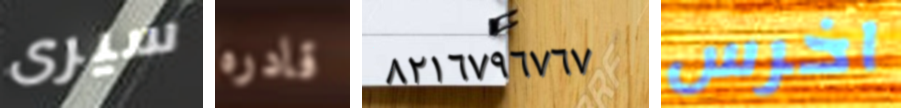
سيرى قادره ٨٢١٦٧٩٦٧٦٧ اخرس